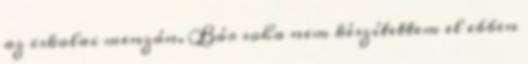
az iskolai menzán. Bár soha nem készítettem el ebben